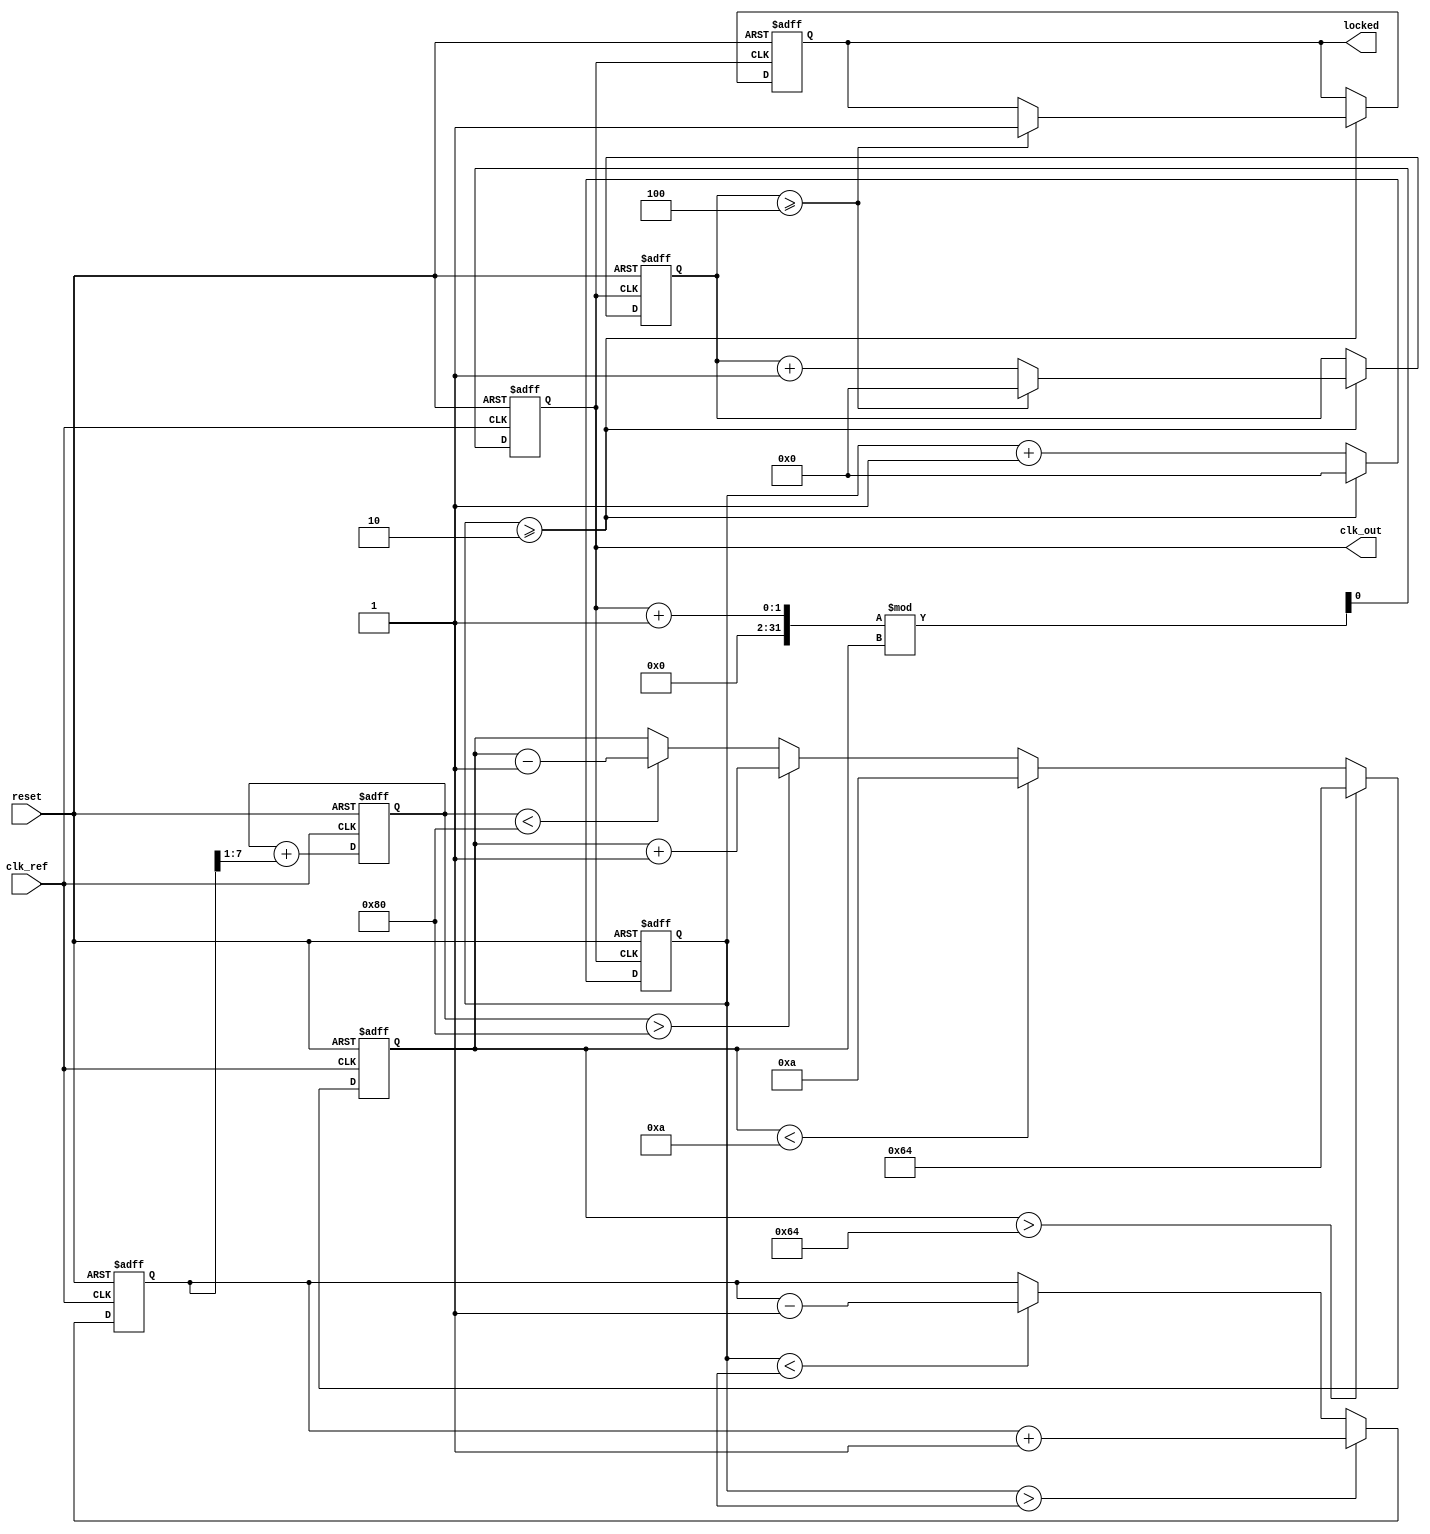
module dual_loop_pll (
    input wire clk_ref,          // Reference clock input
    input wire reset,            // Asynchronous reset
    output reg clk_out,          // Output clock signal
    output reg locked            // Lock status signal
);

    // Parameters
    parameter integer VCO_MAX_FREQ = 100; // Max VCO frequency
    parameter integer VCO_MIN_FREQ = 10;   // Min VCO frequency
    parameter integer DIV_FACTOR_INNER = 2; // Inner loop divider factor
    parameter integer DIV_FACTOR_OUTER = 4; // Outer loop divider factor

    // Internal signals
    reg [7:0] phase_error;          // Phase error signal from PD
    reg [7:0] control_voltage;       // Control voltage for VCO
    reg [7:0] vco_freq;              // Current VCO frequency
    reg [7:0] inner_divider;         // Inner loop divider output
    reg [7:0] outer_divider;         // Outer loop divider output
    reg [7:0] vco_output;            // VCO output clock signal

    // Phase Detector (PD)
    always @(posedge clk_ref or posedge reset) begin
        if (reset) begin
            phase_error <= 0;
        end else begin
            // Simple phase comparison logic (for demonstration)
            if (inner_divider > vco_output) begin
                phase_error <= phase_error + 1; // Phase is leading
            end else if (inner_divider < vco_output) begin
                phase_error <= phase_error - 1; // Phase is lagging
            end
        end
    end

    // Loop Filter (LF)
    always @(posedge clk_ref or posedge reset) begin
        if (reset) begin
            control_voltage <= 0;
        end else begin
            // Simple low-pass filter (first-order)
            control_voltage <= control_voltage + (phase_error >> 1); // Adjust control voltage
        end
    end

    // Voltage-Controlled Oscillator (VCO)
    always @(posedge clk_ref or posedge reset) begin
        if (reset) begin
            vco_freq <= VCO_MIN_FREQ; // Start at minimum frequency
            clk_out <= 0;
        end else begin
            // Adjust VCO frequency based on control voltage
            if (control_voltage > 128) begin
                vco_freq <= vco_freq + 1; // Increase frequency
            end else if (control_voltage < 128) begin
                vco_freq <= vco_freq - 1; // Decrease frequency
            end
            
            // Ensure VCO frequency is within limits
            if (vco_freq > VCO_MAX_FREQ) begin
                vco_freq <= VCO_MAX_FREQ;
            end else if (vco_freq < VCO_MIN_FREQ) begin
                vco_freq <= VCO_MIN_FREQ;
            end
            
            // Generate output clock based on VCO frequency
            clk_out <= (clk_out + 1) % vco_freq; // Simple clock generation
        end
    end

    // Frequency Divider (Inner and Outer)
    always @(posedge clk_out or posedge reset) begin
        if (reset) begin
            inner_divider <= 0;
            outer_divider <= 0;
            locked <= 0;
        end else begin
            inner_divider <= inner_divider + 1;
            if (inner_divider >= DIV_FACTOR_INNER) begin
                inner_divider <= 0;
                outer_divider <= outer_divider + 1;
                if (outer_divider >= DIV_FACTOR_OUTER) begin
                    outer_divider <= 0;
                    locked <= 1; // Indicate PLL is locked
                end
            end
        end
    end

endmodule